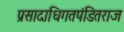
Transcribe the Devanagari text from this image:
प्रसादाधिगतपंडितराज